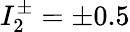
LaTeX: I_{2}^{\pm}=\pm 0.5